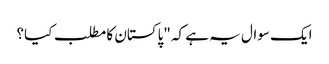
ایک سوال یہ ہے کہ "پاکستان کا مطلب کیا؟